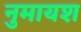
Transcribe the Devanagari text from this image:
नुमायश